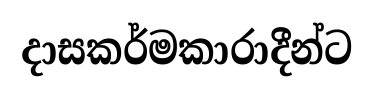
දාසකර්මකාරාදීන්ට